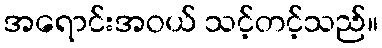
အရောင်းအဝယ် သင့်တင့်သည်။